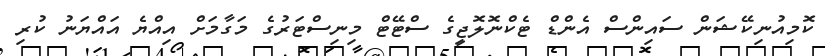
ކޮމިއުނިކޭޝަން ސައިންސް އެންޑް ޓެކްނޮލޮޖީގެ ސްޓޭޓް މިނިސްޓަރުގެ މަގާމަށް އިއްޔެ އައްޔަނު ކުރި